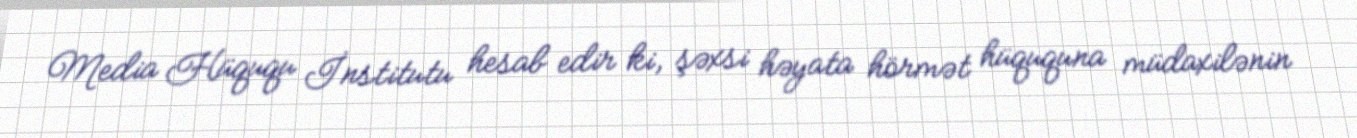
Media Hüququ İnstitutu hesab edir ki, şəxsi həyata hörmət hüququna müdaxilənin